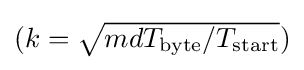
{\textstyle (k={\sqrt {{mdT_{\text{byte}}}/{T_{\text{start}}}}})}